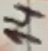
Text: 14